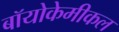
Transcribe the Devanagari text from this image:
बॉयोकेमीकल